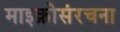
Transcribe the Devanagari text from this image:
माइक्रोसंरचना